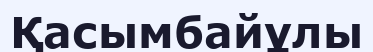
Қасымбайұлы